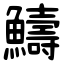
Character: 䲖